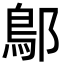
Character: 鄥